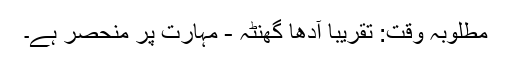
مطلوبہ وقت: تقریبا آدھا گھنٹہ - مہارت پر منحصر ہے۔